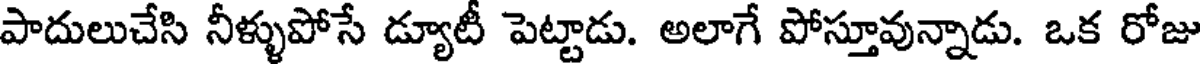
పాదులుచేసి నీళ్ళుపోసే డ్యూటీ పెట్టాడు. అలాగే పోస్తూవున్నాడు. ఒక రోజు